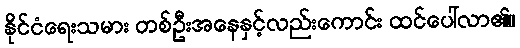
နိုင်ငံရေးသမား တစ်ဦးအနေနှင့်လည်းကောင်း ထင်ပေါ်လာ၏။